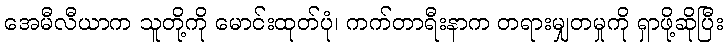
အေမီလီယာက သူတို့ကို မောင်းထုတ်ပုံ၊ ကက်တာရီးနာက တရားမျှတမှုကို ရှာဖို့ဆိုပြီး